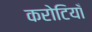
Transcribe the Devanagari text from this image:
करोटियाँ